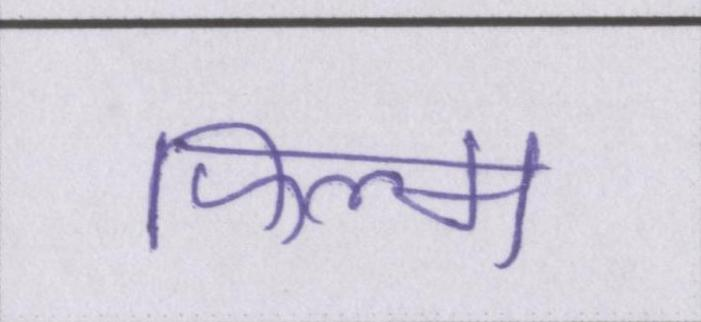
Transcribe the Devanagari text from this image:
फिल्म